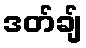
ဒတ်ချ်